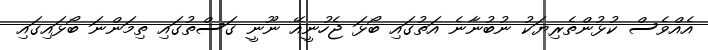
އެއްވެސް ކުޅުންތެރިޔަކު ނުބުނާނެ އަތުގައި ބޯޅަ ޖެހުނީއޭ ނޫނީ ގަސްތުގައި ތިމަންނަ ބޯޅައިގައި